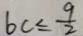
b c \leq \frac { 9 } { 2 }